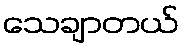
သေချာတယ်